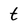
Character: t